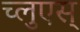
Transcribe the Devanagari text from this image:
च्लुएस्